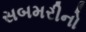
સબમરીનો